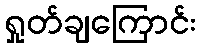
ရှုတ်ချကြောင်း